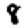
Digit: 8